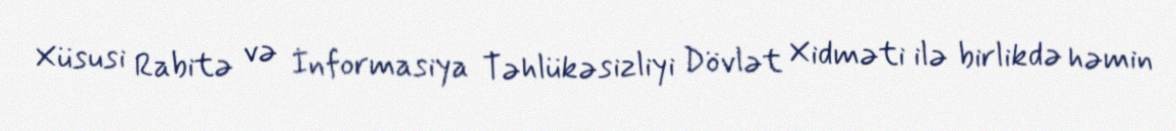
Xüsusi Rabitə və İnformasiya Təhlükəsizliyi Dövlət Xidməti ilə birlikdə həmin